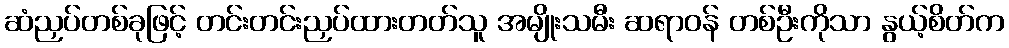
ဆံညှပ်တစ်ခုဖြင့် တင်းတင်းညှပ်ထားတတ်သူ အမျိုးသမီး ဆရာဝန် တစ်ဦးကိုသာ နွယ့်စိတ်က